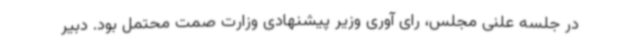
در جلسه علنی مجلس، رای آوری وزیر پیشنهادی وزارت صمت محتمل بود. دبیر